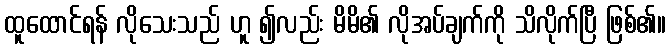
ထူထောင်ရန် လိုသေးသည် ဟူ ၍လည်း မိမိ၏ လိုအပ်ချက်ကို သိလိုက်ပြီ ဖြစ်၏။